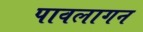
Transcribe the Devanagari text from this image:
पावलागन